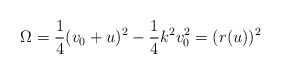
\begin{align*}\Omega = \frac{1}{4} ( v_0 + u)^2 - \frac{1}{4} k^2 v_0^2 = (r(u))^2\end{align*}